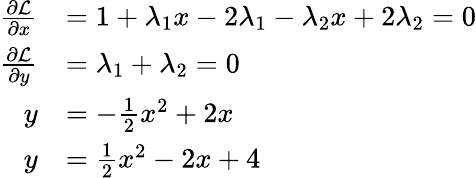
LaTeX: \begin{array}{rl}{\frac{\partial\mathcal{L}}{\partial x}}&{=1+\lambda_{1}x-2\lambda_{1}-\lambda_{2}x+2\lambda_{2}=0}\\ {\frac{\partial\mathcal{L}}{\partial y}}&{=\lambda_{1}+\lambda_{2}=0}\\ {y}&{=-\frac{1}{2}x^{2}+2x}\\ {y}&{=\frac{1}{2}x^{2}-2x+4}\end{array}